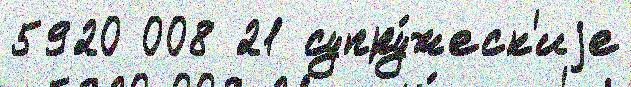
5920 008 21 супру́жеск'иjе